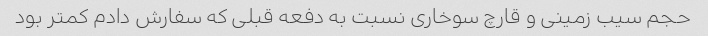
حجم سیب زمینی و قارچ سوخاری نسبت به دفعه قبلی که سفارش دادم کمتر بود